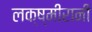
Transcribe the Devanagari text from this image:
लक्ष्मीरानी